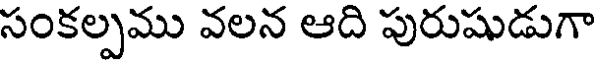
సంకల్పము వలన ఆది పురుషుడుగా